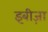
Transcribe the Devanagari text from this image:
इबीज़ा